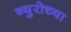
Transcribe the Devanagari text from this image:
ब्युरोच्या